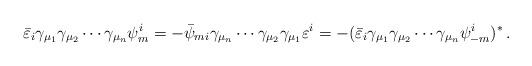
LaTeX: \begin{align*}\bar{\varepsilon}_{i}\gamma_{\mu_{1}}\gamma_{\mu_{2}}\cdots\gamma_{\mu_{n}}\psi^{i}_{m}=-\bar{\psi}_{mi}\gamma_{\mu_{n}}\cdots\gamma_{\mu_{2}}\gamma_{\mu_{1}}\varepsilon^{i}=-(\bar{\varepsilon}_{i}\gamma_{\mu_{1}}\gamma_{\mu_{2}}\cdots\gamma_{\mu_{n}}\psi^{i}_{-m})^{*}\,.\end{align*}